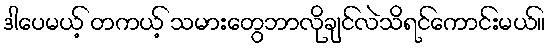
ဒါပေမယ့် တကယ့် သမားတွေဘာလိုချင်လဲသိရင်ကောင်းမယ်။